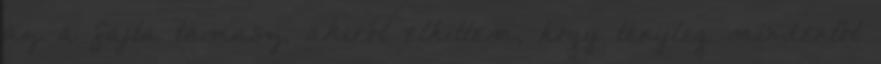
az a fajta támasz, akiről elhittem, hogy tényleg mindentől